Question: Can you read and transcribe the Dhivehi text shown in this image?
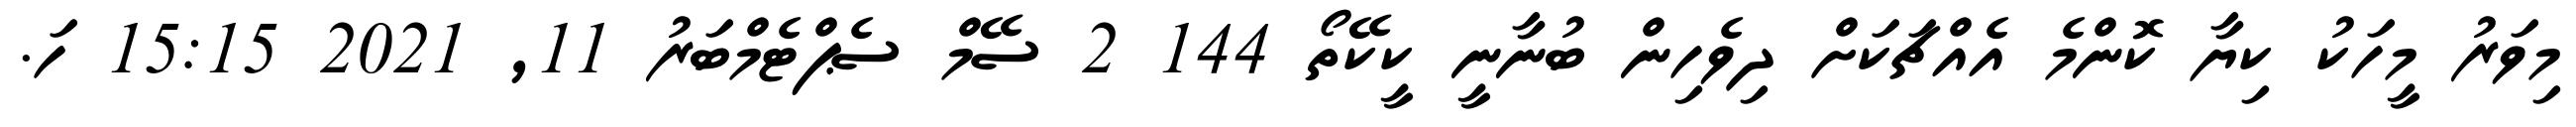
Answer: މިވަރު މީހަކު ކިޔާ ކޮންމެ އެއްޗަކަށް ދިވެހިން ބުނާނީ ކީކޭތޯ 144 2 ސޭމް ސެޕްޓެމްބަރު 11, 2021 15:15 ހަ.